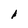
Character: 1